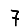
Digit: 7